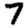
Digit: 7